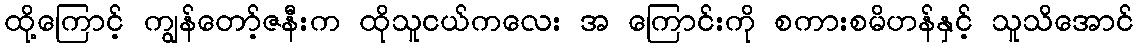
ထို့ကြောင့် ကျွန်တော့်ဇနီးက ထိုသူငယ်ကလေး အ ကြောင်းကို စကားစမိဟန်နှင့် သူသိအောင်